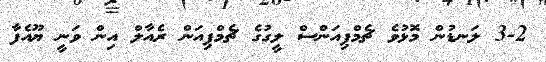
3-2 ލަނޑުން މޮޅުވެ ޗެމްޕިއަންސް ލީގުގެ ޗެމްޕިއަން ރެއާލް އިން ވަނީ ޔޫއެފާ